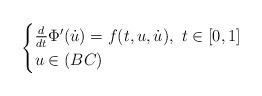
LaTeX: \begin{align*}\begin{cases}\frac{d}{dt}\Phi'(\dot{u})=f(t,u,\dot{u}),\ t\in[0,1]\\u\in (BC)\end{cases}\end{align*}